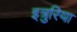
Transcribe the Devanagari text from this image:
इत्रुरिया